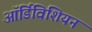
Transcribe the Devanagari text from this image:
ऑर्डिविशियन